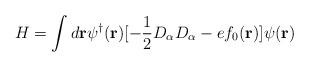
LaTeX: \begin{align*}H=\int d{\bf r}\psi^\dagger ({\bf r})[-\frac {1}{2}D_\alpha D_\alpha -ef_0({\bf r})]\psi ({\bf r})\end{align*}